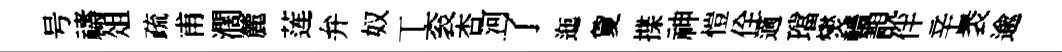
号禱俎疏甫濶麓莲弁奴丅衮杏河了迤夐揲神愷佺適璫爕轖靚伴辛褁逾